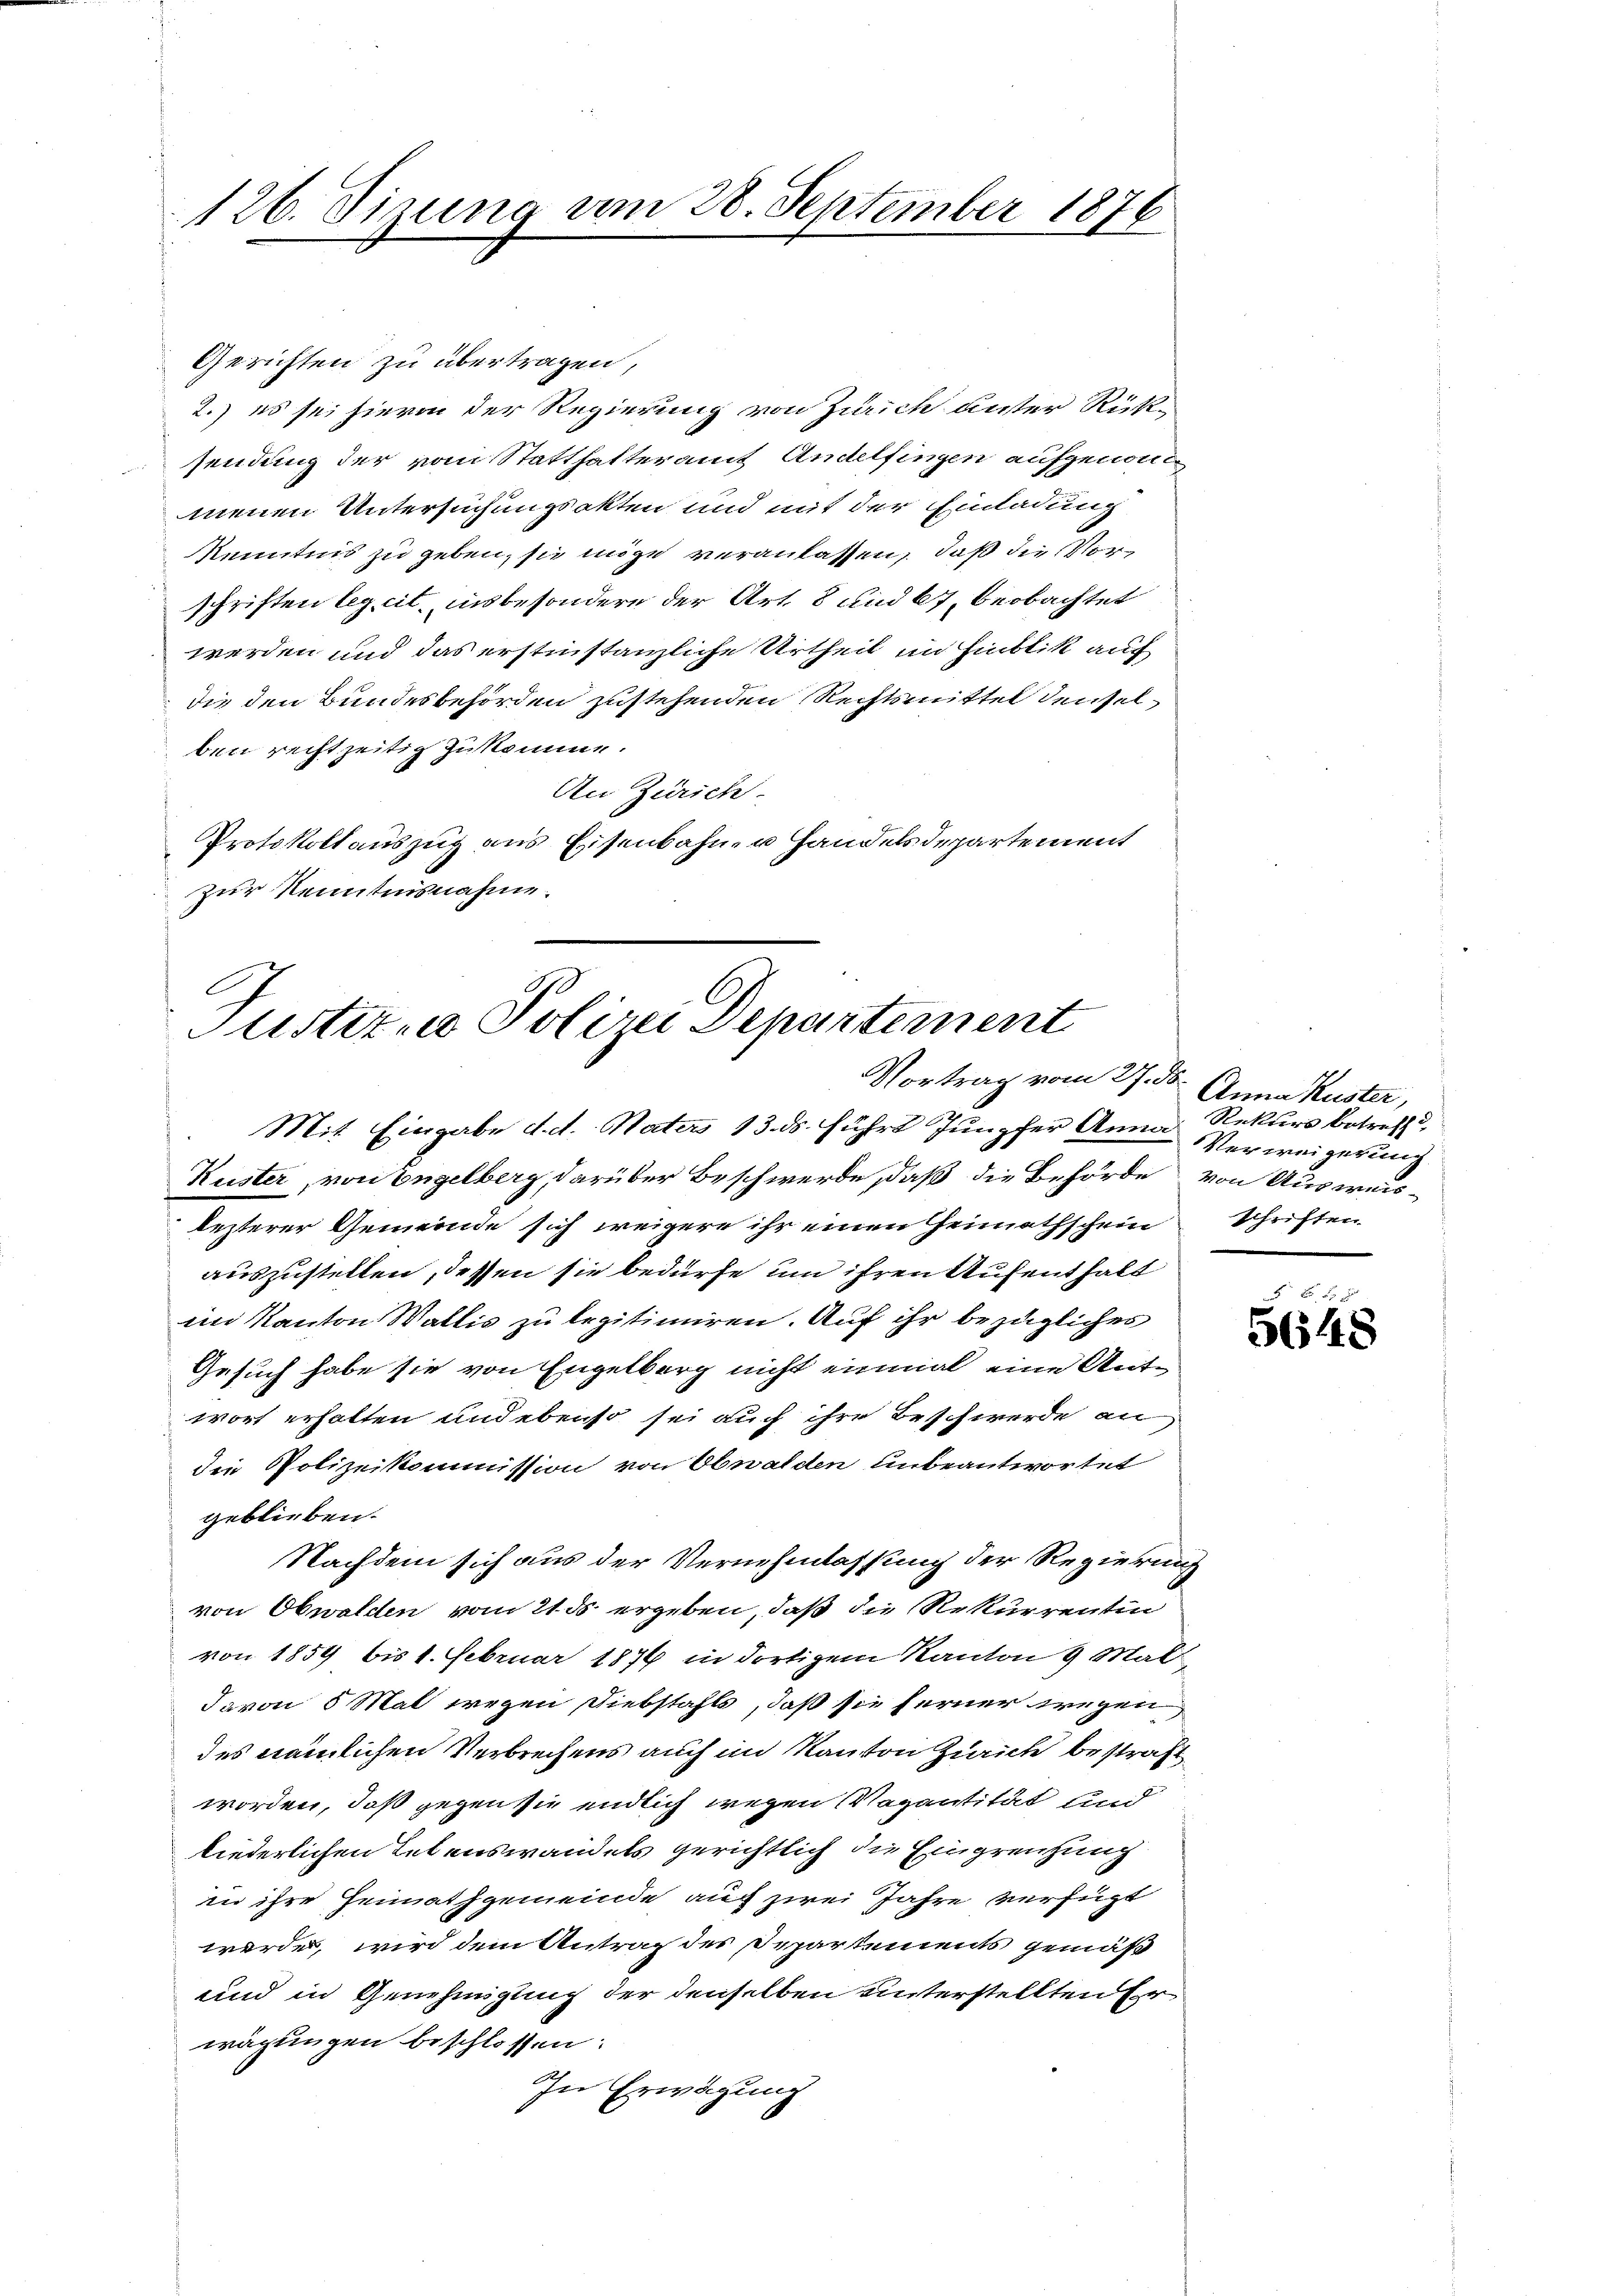
126. Sizung vom 28. September 1876

Gerichten zu übertragen,
2.) es sei hievon der Regierung von Zürich unter Rück-
sendung der vom Statthalteramt Andelfingen aufgenomm
menen Untersuchungsakten und mit der Einladung
Kenntnis zu geben, sie möge veranlassen, daß die Vorschriften leg cit. insbesondere der Art. 8 und 67 beobachtet
werden und das erstinstanzliche Urtheil im Hinblik auf
die den Bundesbehörden zustehenden Rechtsmittel denselben rechtzeitig zukomme.
An Zürich.
Protokollauszug aus Eisenbahner Handelsdepartement
zur Kenntnisnahme.

Justiz- & Polizei Departement
Vortrag vom 27. ds. Anna Kuster,

Mit Eingabe d. d. Naters 13. ds. führt Junpfer Anna Rekurs betreff d
Kuster, von Engelberg, darüber Beschwerde, daß die Behörde von Ausweis-
lezterer Gemeinde sich weigere ihr einen Heimathschein schriften
auszustellen, dessen sie bedürfe um ihren Aufenthalt
im Kanton Wallis zu legitimiren. Auf ihr bezügliches
Gesuch habe sie von Engelborg nicht einmal eine Antwort erhalten und ebenso sei auch ihre Beschwerde an
die Polizeikommission von Obwalden unbeantwortet
geblieben.
Nachdem sich aus der Vernehmlassung der Regierung
von Obwalden vom 21. ds. ergeben, daß die Rekurrentin
von 1859 bis 1. Februar 1876 in dortigem Kanton 3 Mal-
davon 5 Mal wegen Diebstahls, daß sie ferner wegen
des nämlichen Verbrechens auch im Kanton Zürich bestraft
worden, daß gegen sie endlich wegen Vagantität und
liederlichen Lebenswandels gerichtlich die Eingrenzung
in ihre Heimathgemeinde auch zwei Jahre verfügt
werde, wird dem Antrag des Departements gemäß
und in Genehmigung der denselben unterstellten Er
wägungen beschlossen:
In Erwägung

Verweigerung

5648